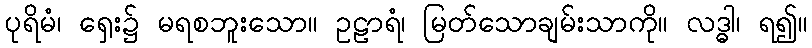
ပုရိမံ၊ ရှေး၌ မရစဘူးသော။ ဥဠာရံ၊ မြတ်သောချမ်းသာကို။ လဒ္ဓါ၊ ရ၍။